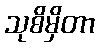
သုစိမှိတာ